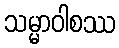
သမ္မာဝါစဿ